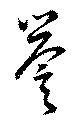
誉